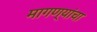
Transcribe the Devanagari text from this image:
मागण्यांचा